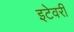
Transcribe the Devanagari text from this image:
इटेवरीं